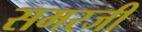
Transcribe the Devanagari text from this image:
समरजी